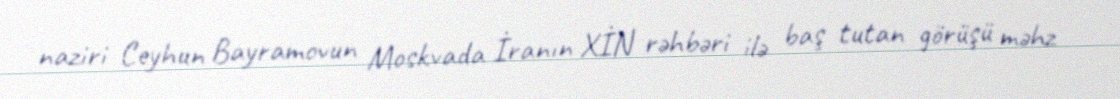
naziri Ceyhun Bayramovun Moskvada İranın XİN rəhbəri ilə baş tutan görüşü məhz